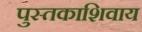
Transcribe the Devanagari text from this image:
पुस्तकाशिवाय